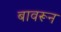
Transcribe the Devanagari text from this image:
बावरून